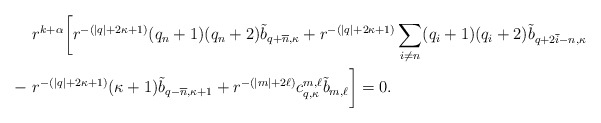
\begin{align*}&\ r^{k+\alpha}\bigg[r^{- (|q| + 2\kappa + 1)}(q_n +1) (q_n +2) \tilde b_{q+ \overline{n}, \kappa} + r^{- (|q| + 2\kappa + 1)}\sum_{i \neq n} (q_i + 1) (q_i + 2) \tilde b_{q+ 2 \overline{i} - n,\kappa} \\ - &\ r^{- (|q| + 2\kappa + 1)}(\kappa+1) \tilde b_{q- \overline{n}, \kappa+1} + r^{-(|m|+ 2\ell)} c^{m,\ell} _{q,\kappa} \tilde b_{m,\ell}\bigg] = 0.\end{align*}